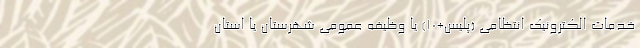
خدمات الکترونیک انتظامی (پلیس+۱۰) یا وظیفه عمومی شهرستان یا استان